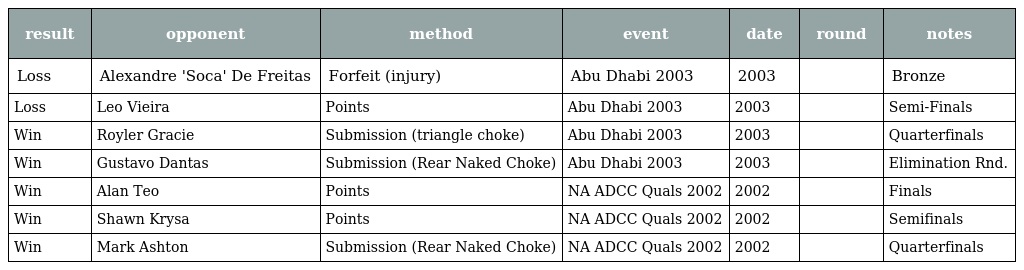
| result | opponent | method | event | date | round | notes |
 | --- | --- | --- | --- | --- | --- | --- |
 | Loss | Alexandre 'Soca' De Freitas | Forfeit (injury) | Abu Dhabi 2003 | 2003 |  | Bronze |
 | Loss | Leo Vieira | Points | Abu Dhabi 2003 | 2003 |  | Semi-Finals |
 | Win | Royler Gracie | Submission (triangle choke) | Abu Dhabi 2003 | 2003 |  | Quarterfinals |
 | Win | Gustavo Dantas | Submission (Rear Naked Choke) | Abu Dhabi 2003 | 2003 |  | Elimination Rnd. |
 | Win | Alan Teo | Points | NA ADCC Quals 2002 | 2002 |  | Finals |
 | Win | Shawn Krysa | Points | NA ADCC Quals 2002 | 2002 |  | Semifinals |
 | Win | Mark Ashton | Submission (Rear Naked Choke) | NA ADCC Quals 2002 | 2002 |  | Quarterfinals |